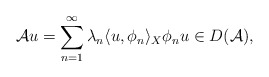
\begin{align*} \mathcal{A}u = \sum_{n = 1}^{\infty} \lambda_{n} \langle u, \phi_{n}\rangle_{X} \phi_{n} u \in D(\mathcal{A}), \end{align*}